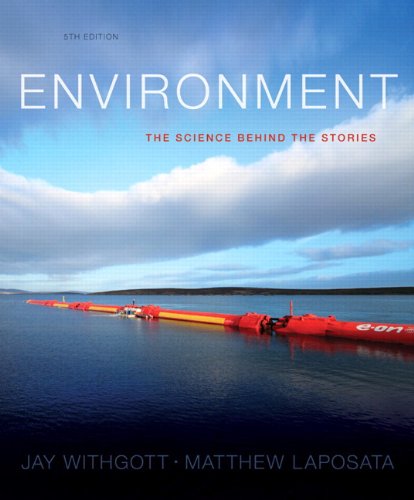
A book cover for Environment: The Science Behind the Stories (5th Edition); Jay H. Withgott; Science & Math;